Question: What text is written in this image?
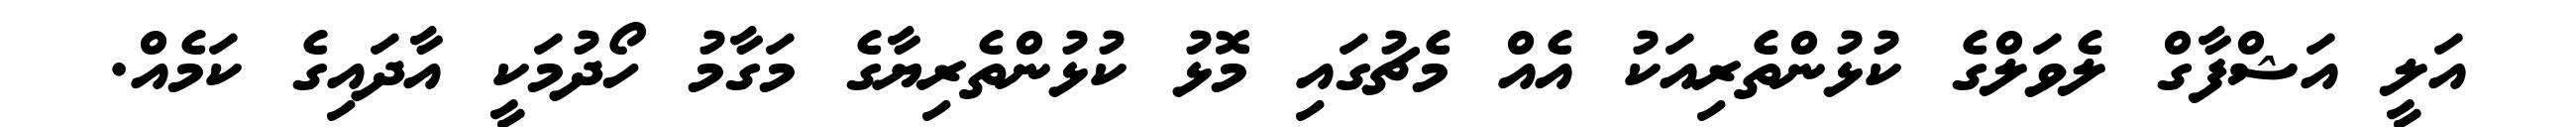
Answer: އަލީ އަޝްފާގް ލެވަލްގެ ކުޅުންތެރިއަކު އެއް މެޗުގައި މޮޅު ކުޅުންތެރިޔާގެ މަގާމު ހޯދުމަކީ އާދައިގެ ކަމެއް.